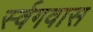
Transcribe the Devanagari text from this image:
र्स्वगवास